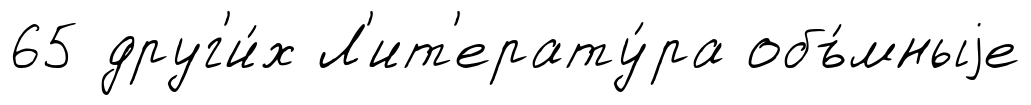
65 друг'и́х Л'ит'ерату́ра объ́мныjе